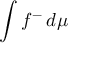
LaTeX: \int f ^ { - } \, d \mu